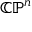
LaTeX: \mathbb { C P } ^ { n }